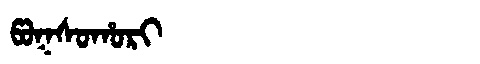
Manchu: ᡦᠣᡴᠰᠣᡥᠣᡵᡳ
Romanization: POKSOHORI